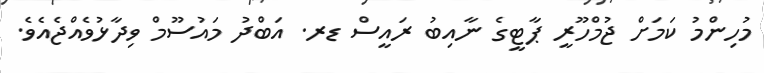
މުހިންމު ކަމަށް ޖުމްހޫރީ ޕާޓީގެ ނާއިބު ރައީސް ޑރ. އަބްދު މައުސޫމް ވިދާޅުވެއްޖެއެވެ.